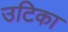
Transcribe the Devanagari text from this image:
उटिका